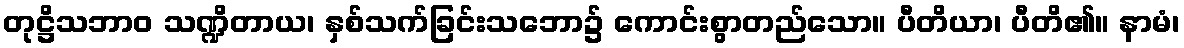
တုဋ္ဌိသဘာဝ သဏ္ဍိတာယ၊ နှစ်သက်ခြင်းသဘော၌ ကောင်းစွာတည်သော။ ပီတိယာ၊ ပီတိ၏။ နာမံ၊